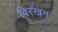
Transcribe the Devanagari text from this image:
बिरखन